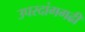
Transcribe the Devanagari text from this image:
उपरदांगगढी